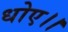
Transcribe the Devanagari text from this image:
धोए।।